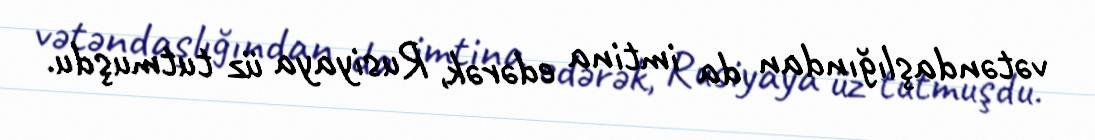
vətəndaşlığından da imtina edərək, Rusiyaya üz tutmuşdu.